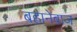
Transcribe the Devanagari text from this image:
बहानेबाज